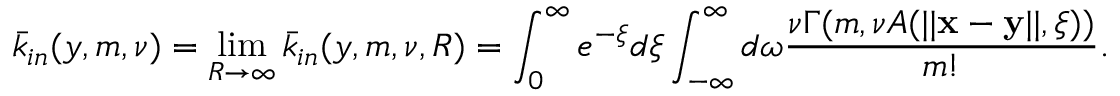
\bar { k } _ { i n } ( y , m , \nu ) = \operatorname* { l i m } _ { R \to \infty } \bar { k } _ { i n } ( y , m , \nu , R ) = \int _ { 0 } ^ { \infty } e ^ { - \xi } d \xi \int _ { - \infty } ^ { \infty } d \omega \frac { \nu \Gamma ( m , \nu A ( | | \mathbf x - \mathbf y | | , \xi ) ) } { m ! } .